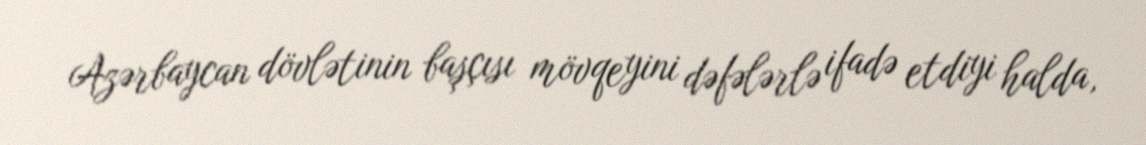
Azərbaycan dövlətinin başçısı mövqeyini dəfələrlə ifadə etdiyi halda,